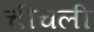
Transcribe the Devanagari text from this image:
चीचली